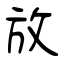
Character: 放